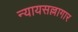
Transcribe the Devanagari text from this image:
न्यायसल्लागार